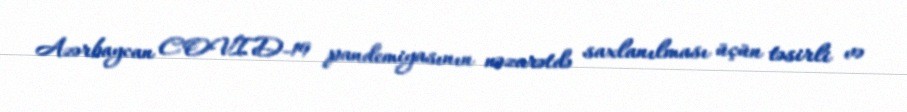
Azərbaycan COVID-19 pandemiyasının nəzarətdə saxlanılması üçün təsirli və